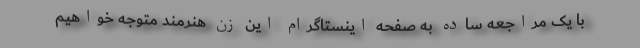
با یک مراجعهٔ ساده به صفحه اینستاگرامِ این زن هنرمند متوجه خواهیم